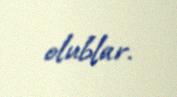
olublar.